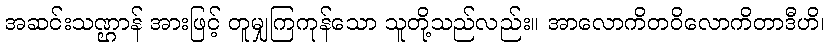
အဆင်းသဏ္ဌာန် အားဖြင့် တူမျှကြကုန်သော သူတို့သည်လည်း။ အာလောကိတဝိလောကိတာဒီဟိ၊